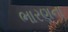
ભારણના